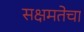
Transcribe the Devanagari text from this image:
सक्षमतेचा